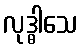
လုဒ္ဓါသေ